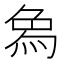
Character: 𤉢